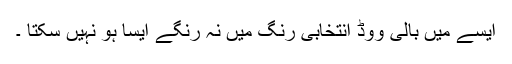
ایسے میں بالی ووڈ انتخابی رنگ میں نہ رنگے ایسا ہو نہیں سکتا ۔